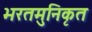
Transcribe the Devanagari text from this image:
भरतमुनिकृत